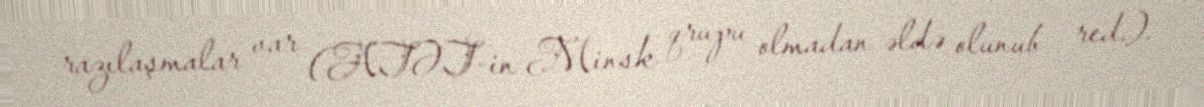
razılaşmalar var (ATƏT-in Minsk qrupu olmadan əldə olunub – red.).